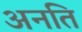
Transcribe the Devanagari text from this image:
अनति